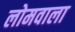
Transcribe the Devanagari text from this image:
लोमवाला